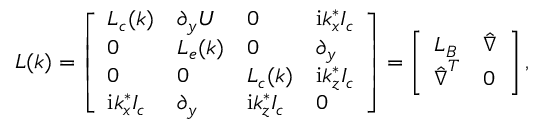
\boldsymbol { L } ( \boldsymbol { k } ) = \left[ \begin{array} { l l l l } { \boldsymbol { L _ { c } } ( \boldsymbol { k } ) } & { \boldsymbol { \partial _ { y } U } } & { \boldsymbol { 0 } } & { \mathrm { i } k _ { x } ^ { * } \boldsymbol { I _ { c } } } \\ { \boldsymbol { 0 } } & { \boldsymbol { L _ { e } } ( \boldsymbol { k } ) } & { \boldsymbol { 0 } } & { \boldsymbol { \partial _ { y } } } \\ { \boldsymbol { 0 } } & { \boldsymbol { 0 } } & { \boldsymbol { L _ { c } } ( \boldsymbol { k } ) } & { \mathrm { i } k _ { z } ^ { * } \boldsymbol { I _ { c } } } \\ { \mathrm { i } k _ { x } ^ { * } \boldsymbol { I _ { c } } } & { \boldsymbol { \partial _ { y } } } & { \mathrm { i } k _ { z } ^ { * } \boldsymbol { I _ { c } } } & { \boldsymbol { 0 } } \end{array} \right] = \left[ \begin{array} { l l } { \boldsymbol { L _ { B } } } & { \boldsymbol { \hat { \nabla } } } \\ { \boldsymbol { \hat { \nabla } } ^ { T } } & { \boldsymbol { 0 } } \end{array} \right] ,